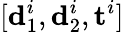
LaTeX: [\mathbf d_{1}^{i},\mathbf d_{2}^{i},\mathbf t^{i}]